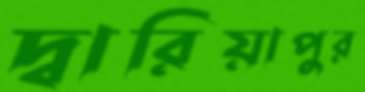
দ্বারিয়াপুর